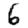
Digit: 6